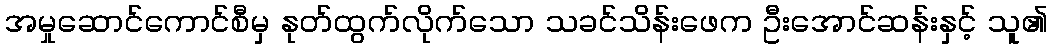
အမှုဆောင်ကောင်စီမှ နုတ်ထွက်လိုက်သော သခင်သိန်းဖေက ဦးအောင်ဆန်းနှင့် သူ၏